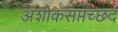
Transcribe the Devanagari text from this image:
अशोकसप्तच्छदं